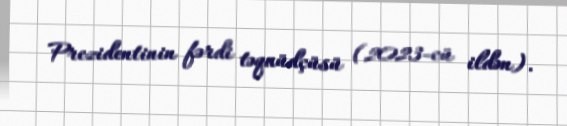
Prezidentinin fərdi təqaüdçüsü (2023-cü ildən).